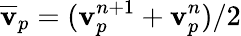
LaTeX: \overline{{\mathbf{v}}}_{p}=(\mathbf{v}_{p}^{n+1}+\mathbf{v}_{p}^{n})/2